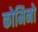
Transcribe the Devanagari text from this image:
कोमिनो